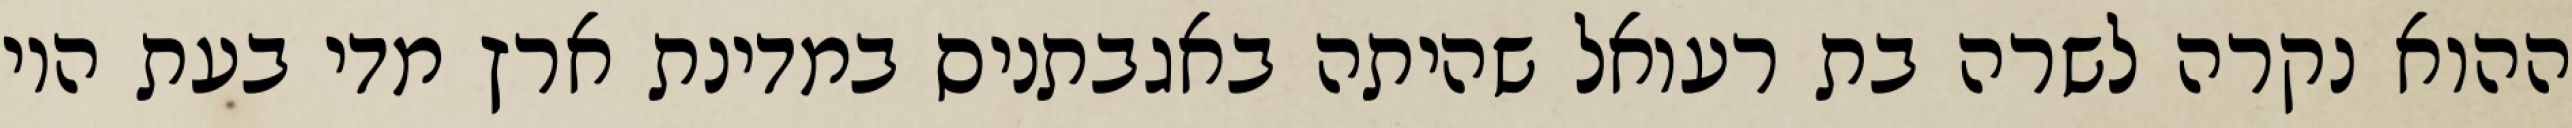
ההוא נקרה לשרה בת רעואל שהיתה באגבתניס במדינת ארץ מדי בעת היו